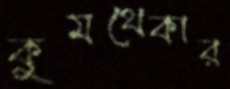
কুমথেকার